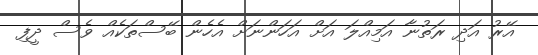
އޭރު އަދި ރަތުނާ އަމިއްލަ އަށް އަހަންނަށް އެހެން ބޭސްތަކެއް ވެސް ދީފި